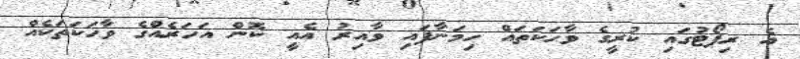
އެ ރިޕޯޓުގައި ކުރީގެ ވާހަކަތައް ހިމަނާފައި ވާއިރު އެއީ ކޮން އަހަރެއްގެ ވާހަކަތަކެއް